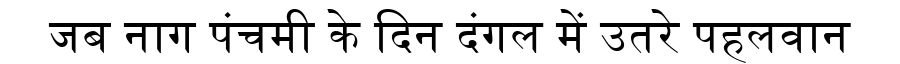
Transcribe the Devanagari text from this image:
जब नाग पंचमी के दिन दंगल में उतरे पहलवान